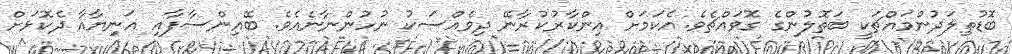
ބޮޑުތިލަދުންމައްޗަކީ ބަތޮލުންގެ ގޮވައްޗެވެ. އެކަމަށް އިންކާރުކުރާނޭ ދިވެއްސަކު ނުހުންނާނެއެވެ. ބޭއިންސާފާއި އަނިޔާއާ ދެކޮޅަށް